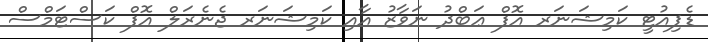
ޑެޕިއުޓީ ކަމިޝަނަރ އޮފް ޢަބްދު ނަވާޒު އާއި ކަމިޝަނަރ ޖެނެރަލް އޮފް ކަސްޓަމްސް